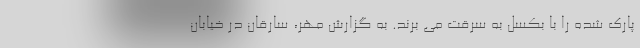
پارک شده را با بُکسل به سرقت می برند. به گزارش مهر، سارقان در خیابان